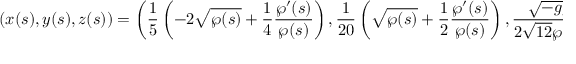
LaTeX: \left( x ( s ) , y ( s ) , z ( s ) \right) = \left( \frac { 1 } { 5 } \left( - 2 \sqrt { \wp ( s ) } + \frac { 1 } { 4 } \frac { \wp ^ { \prime } ( s ) } { \wp ( s ) } \right) , \frac { 1 } { 2 0 } \left( \sqrt { \wp ( s ) } + \frac { 1 } { 2 } \frac { \wp ^ { \prime } ( s ) } { \wp ( s ) } \right) , \frac { \sqrt { - g _ { 3 } } } { 2 \sqrt { 1 2 } \wp ( s ) } \right) .